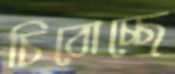
চিবোচ্ছে